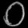
Digit: ၀